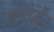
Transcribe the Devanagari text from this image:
गोवेर्मेंट